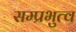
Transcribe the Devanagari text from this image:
सम्प्रभुत्व